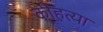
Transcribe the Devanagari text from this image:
कीहत्या